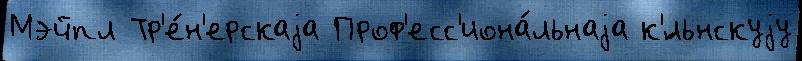
Мэйпл Тр'е́н'ерскаjа Проф'есс'иона́льнаjа к'́льнскуjу